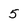
Character: 5